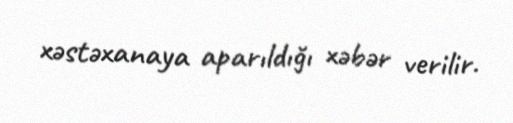
xəstəxanaya aparıldığı xəbər verilir.